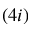
( 4 i )